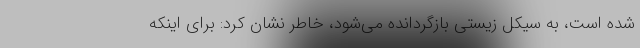
شده است، به سیکل زیستی بازگردانده می‌شود، خاطر نشان کرد: برای اینکه